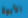
الأبوة